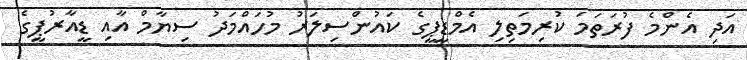
އަދި އެންމެ ފުރަތަމަ ކުރިމަތިލި އެމްޑީޕީގެ ކައުންސިލަރު މުހައްމަދު ސިޔާމް އާއި ޑީއާރުޕީގެ